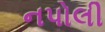
નપોલી